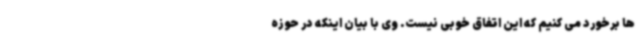
ها برخورد می کنیم که این اتفاق خوبی نیست. وی با بیان اینکه در حوزه